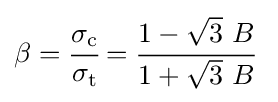
\beta ={\cfrac {\sigma _{\mathrm {c} }}{\sigma _{\mathrm {t} }}}={\cfrac {1-{\sqrt {3}}~B}{1+{\sqrt {3}}~B}}~